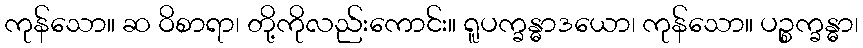
ကုန်သော။ ဆ ဝိစာရာ၊ တို့ကိုလည်းကောင်း။ ရူပက္ခန္ဓာဒယော၊ ကုန်သော။ ပဉ္စက္ခန္ဓာ၊